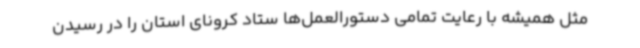
مثل همیشه با رعایت تمامی دستورالعمل‌ها ستاد کرونای استان‌ را در رسیدن